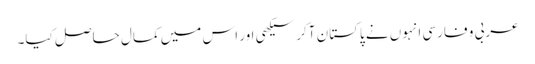
عربی و فارسی انہوں نے پاکستان آکر سیکھی اور اس میں کمال حاصل کیا۔